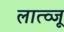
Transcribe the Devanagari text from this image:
लात्व्जू